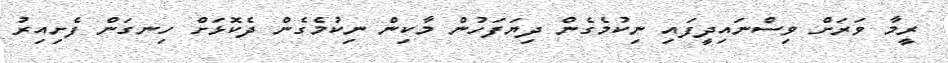
ރީމާ ވަރަށް ވިސްނައިދީފައި ނިކުމެގެން ދިޔަފަހުން މާކިން ނިކުމެގެން ދެކޮޅަށް ހިނގަން ފެށިއިރު